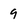
Character: 9